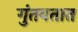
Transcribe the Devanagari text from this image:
गुंतवतात